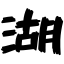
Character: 湖